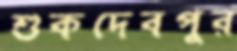
শুকদেবপুর